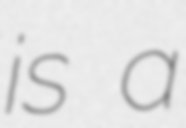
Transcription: is a